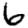
Digit: 6